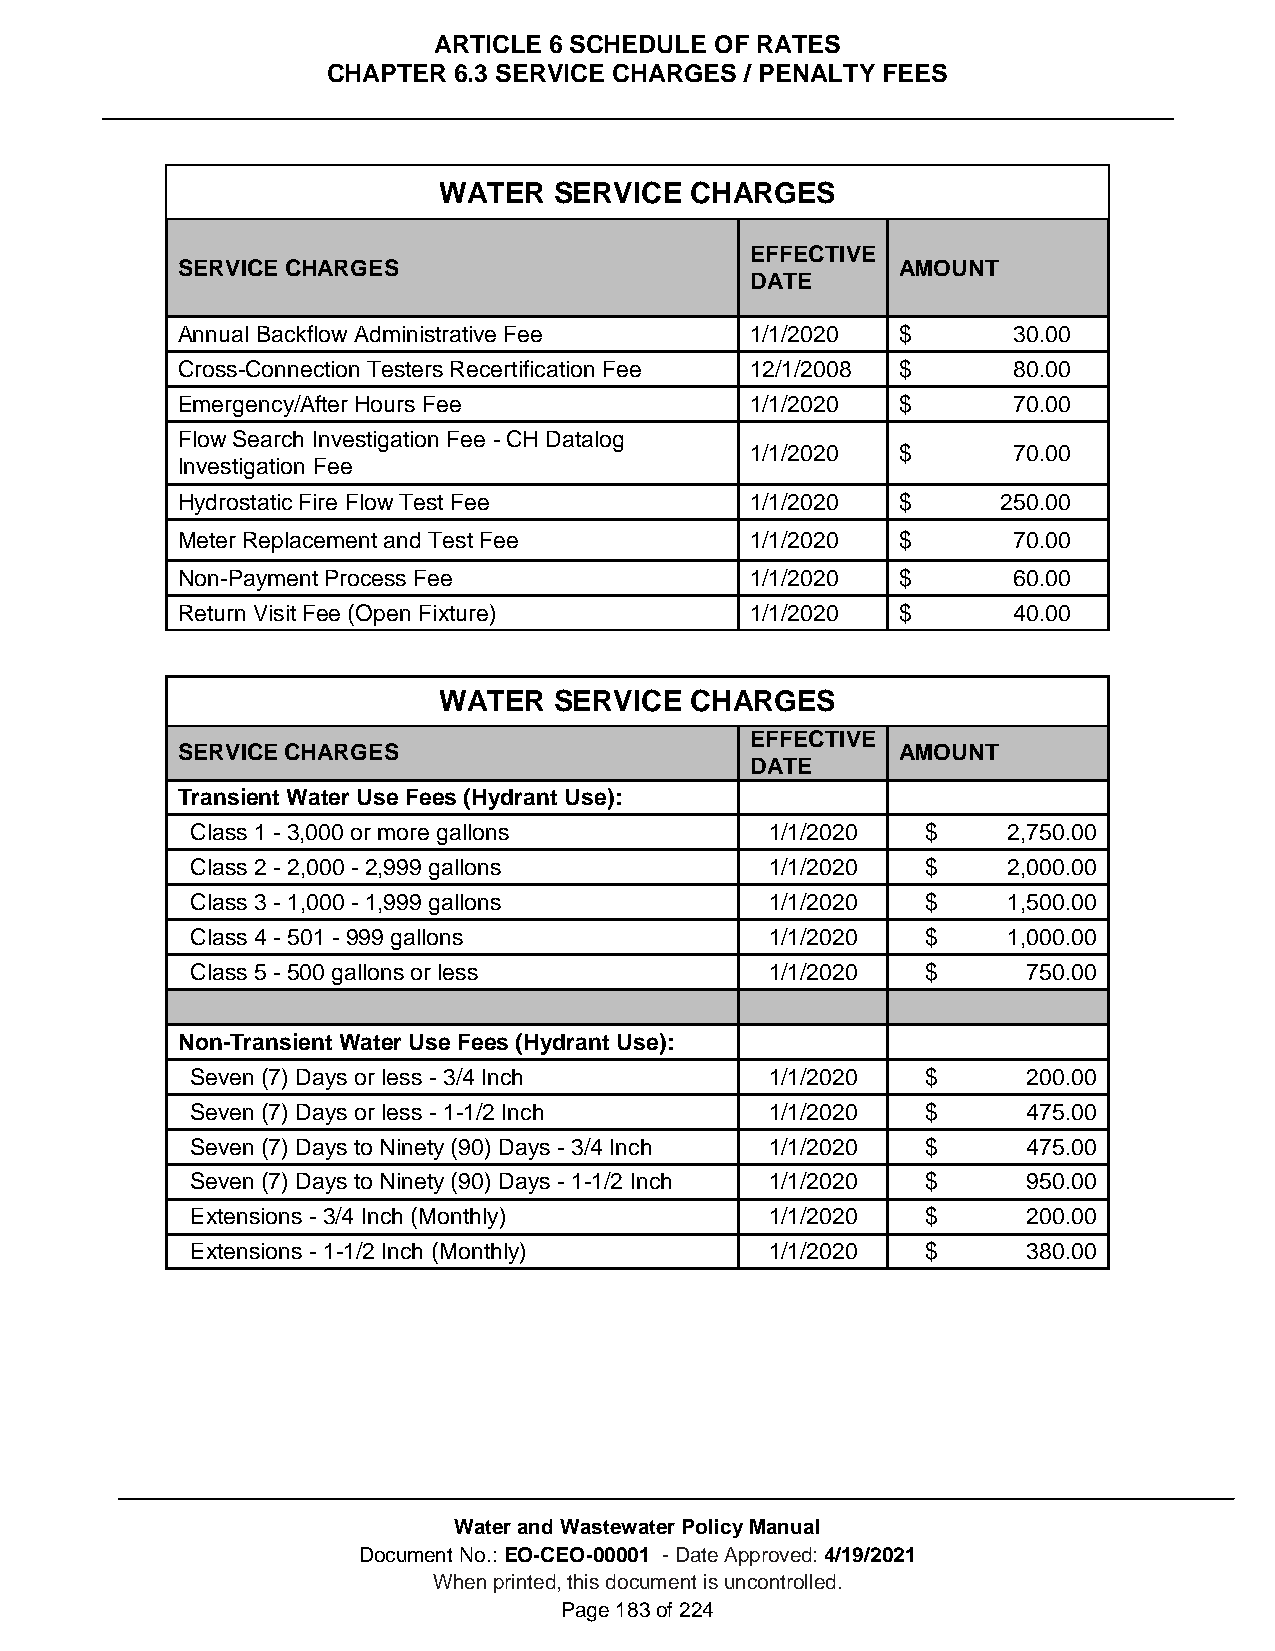
ARTICLE 6 SCHEDULE OF RATES
 CHAPTER 6.3 SERVICE CHARGES / PENALTY FEES
 WATER   SERVICE  CHARGES
 EFFECTIVE
 SERVICE CHARGES                                 AMOUNT
 DATE
 Annual Backflow Administrative Fee    1/1/2020  $      30.00
 Cross-Connection Testers Recertification Fee 12/1/2008 $ 80.00
 Emergency/After Hours Fee             1/1/2020  $      70.00
 Flow Search Investigation Fee - CH Datalog
 1/1/2020  $      70.00
 Investigation Fee
 Hydrostatic Fire Flow Test Fee        1/1/2020  $     250.00
 Meter Replacement and Test Fee        1/1/2020  $      70.00
 Non-Payment Process Fee               1/1/2020  $      60.00
 Return Visit Fee (Open Fixture)       1/1/2020  $      40.00
 WATER   SERVICE  CHARGES
 EFFECTIVE
 SERVICE CHARGES                                 AMOUNT
 DATE
 Transient Water Use Fees (Hydrant Use):
 Class 1 - 3,000 or more gallons       1/1/2020  $     2,750.00
 Class 2 - 2,000 - 2,999 gallons       1/1/2020  $     2,000.00
 Class 3 - 1,000 - 1,999 gallons       1/1/2020  $     1,500.00
 Class 4 - 501 - 999 gallons           1/1/2020  $     1,000.00
 Class 5 - 500 gallons or less         1/1/2020  $      750.00
 Non-Transient Water Use Fees (Hydrant Use):
 Seven (7) Days or less - 3/4 Inch     1/1/2020  $      200.00
 Seven (7) Days or less - 1-1/2 Inch   1/1/2020  $      475.00
 Seven (7) Days to Ninety (90) Days - 3/4 Inch 1/1/2020 $ 475.00
 Seven (7) Days to Ninety (90) Days - 1-1/2 Inch 1/1/2020 $ 950.00
 Extensions - 3/4 Inch (Monthly)       1/1/2020  $      200.00
 Extensions - 1-1/2 Inch (Monthly)     1/1/2020  $      380.00
 Water and Wastewater Policy Manual
 Document No.: EO-CEO-00001 - Date Approved: 4/19/2021
 When printed, this document is uncontrolled.
 Page 183 of 224